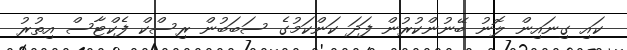
ކައި ގިނައިން ލޮނު ބޭނުންކުރުން ފަދަ ކަންކަމުގެ ސަބަބުން ރިސްކް ފެކްޓާސް އިތުރު